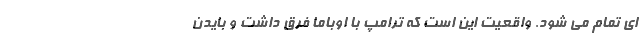
ای تمام می شود. واقعیت این است که ترامپ با اوباما فرق داشت و بایدن